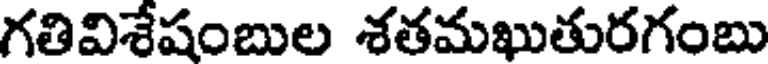
గతివిశేషంబుల శతమఖుతురగంబు